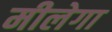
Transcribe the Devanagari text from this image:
मीलेगा